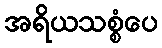
အရိယသစ္စံပေ